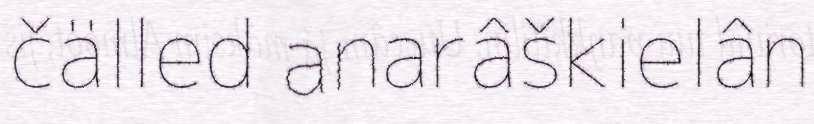
čälled anarâškielân